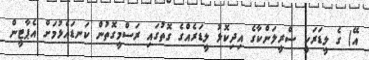
އޭ) ގެ ލީޑަރަކީ ސްރީލަންކާގެ އިދިކޮޅު ލީޑަރެއްގެ ގޮތުގައި ރަސްމީގޮތުން ކަނޑައެޅުމަށް އެޕާޓީން